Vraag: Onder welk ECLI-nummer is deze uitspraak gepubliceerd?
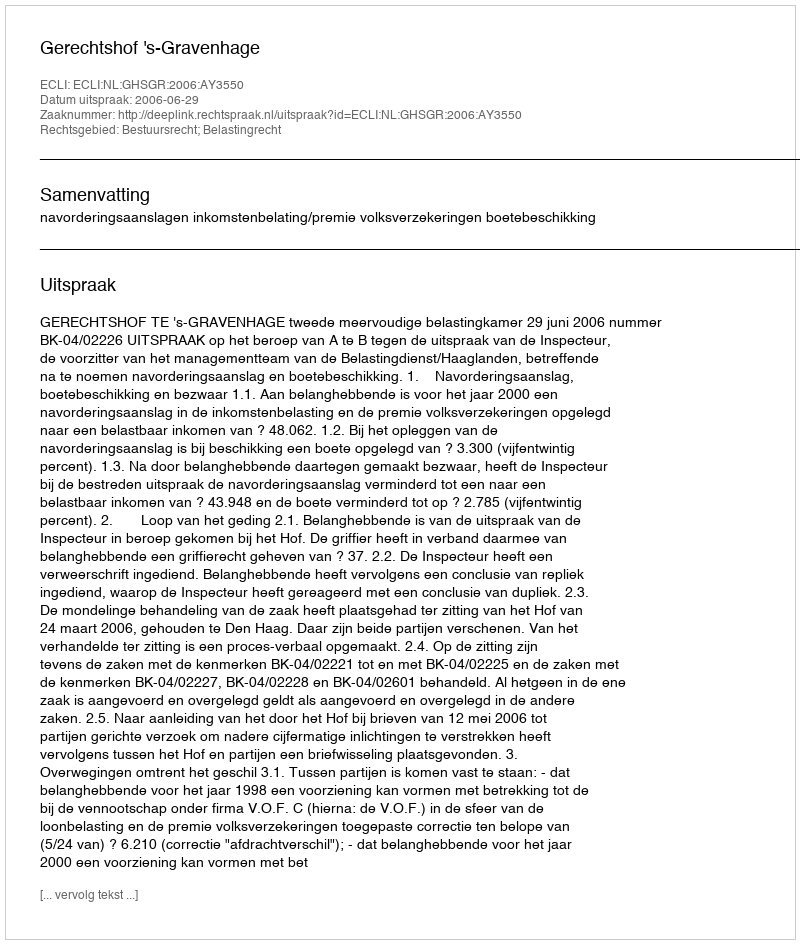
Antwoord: ECLI:NL:GHSGR:2006:AY3550